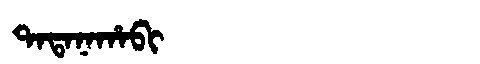
Manchu: ᡨᠠᡨᠠᠨᠠᡥᠠᠪᡳ
Romanization: TATANAHABI